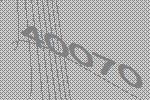
40070